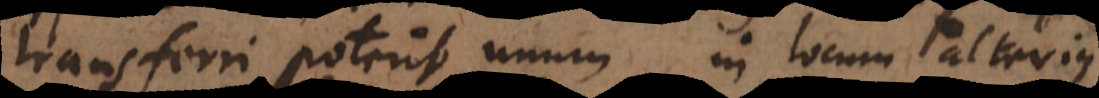
transferri poterit unum in locum alterius